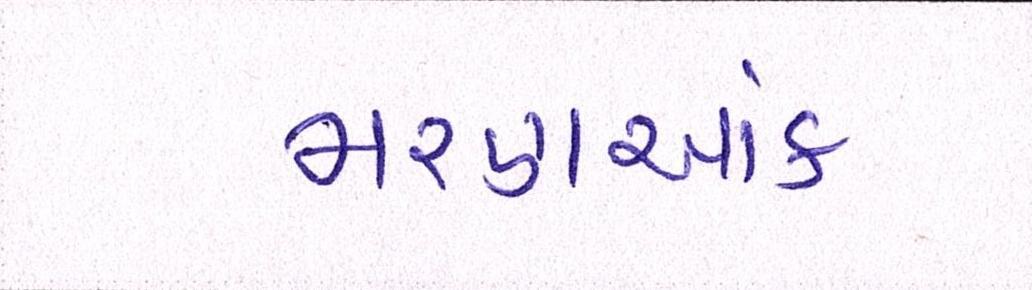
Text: મરણઆંક